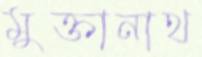
মুক্তানাথ